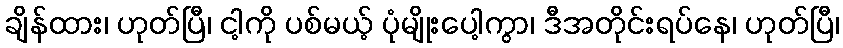
ချိန်ထား၊ ဟုတ်ပြီ၊ ငါ့ကို ပစ်မယ့် ပုံမျိုးပေါ့ကွာ၊ ဒီအတိုင်းရပ်နေ၊ ဟုတ်ပြီ၊